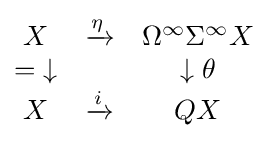
{\begin{matrix}X&\xrightarrow {\eta } &\Omega ^{\infty }\Sigma ^{\infty }X\\{\mathord {=}}\downarrow &&\downarrow \theta \\X&\xrightarrow {i} &QX\end{matrix}}